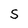
Character: S